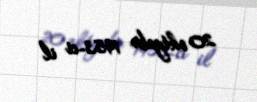
20 oktyabr 1953-ci il